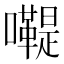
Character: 𡄷